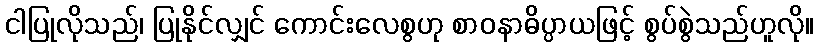
ငါပြုလိုသည်၊ ပြုနိုင်လျှင် ကောင်းလေစွဟု စာဝနာဓိပ္ပာယဖြင့် စွပ်စွဲသည်ဟူလို။